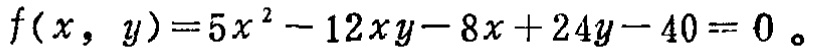
\[f(x, y)=5x^{2}-12xy - 8x + 24y - 40 = 0\]